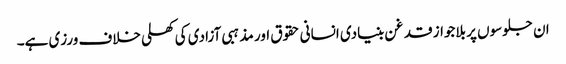
ان جلوسوں پر بلاجواز قدغن بنیادی انسانی حقوق اور مذہبی آزادی کی کھلی خلاف ورزی ہے۔